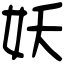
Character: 妖